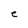
Character: e